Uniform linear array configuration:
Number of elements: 12
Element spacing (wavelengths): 0.5
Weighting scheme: hamming
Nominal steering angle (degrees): -30
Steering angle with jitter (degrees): -28.644
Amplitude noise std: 0.05
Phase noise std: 0.05

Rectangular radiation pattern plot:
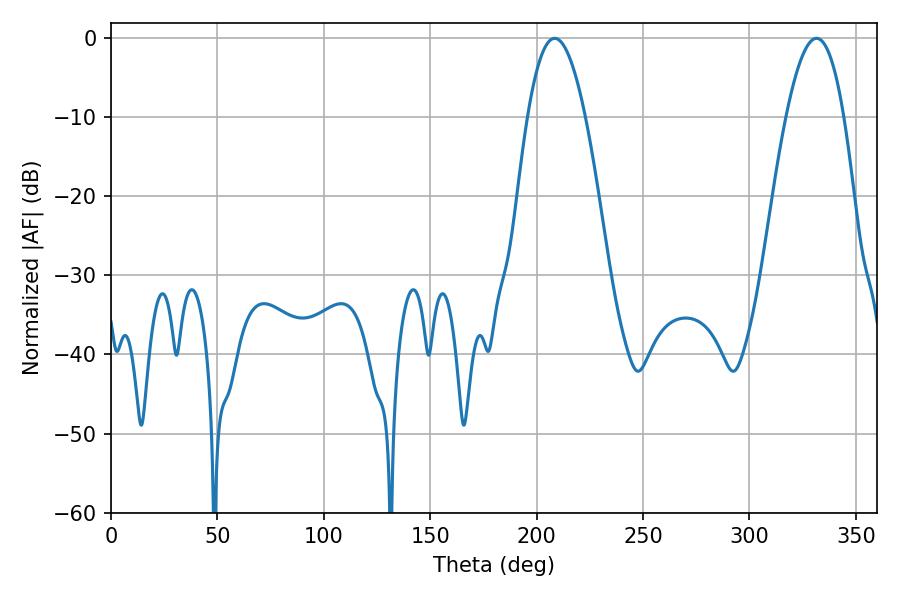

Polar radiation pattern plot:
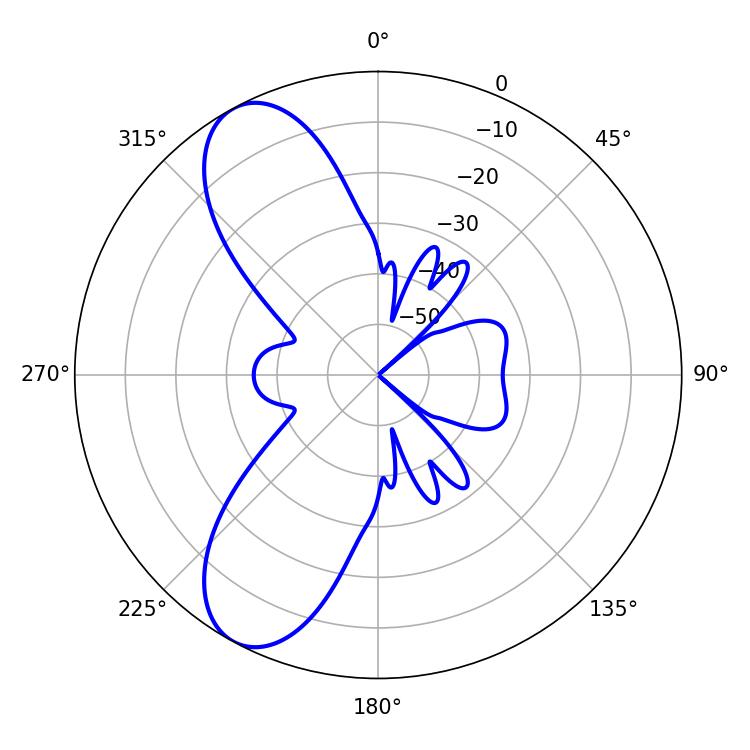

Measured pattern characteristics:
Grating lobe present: FALSE
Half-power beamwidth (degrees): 14.94
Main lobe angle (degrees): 208.44